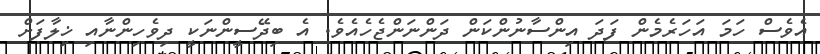
އެވެސް ހަމަ އަހަރެމެން ފަދަ އިންސާނުންކަން ދަންނަންޖެހެއެވެ. އެ ބިދޭސީންނަކީ ދިވެހިންނާއި ޚިލާފަށް